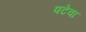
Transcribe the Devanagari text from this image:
पटेवा